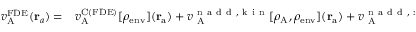
\begin{array} { r l } { v _ { \mathrm { A } } ^ { \mathrm { F D E } } ( \mathbf { r } _ { a } ) = } & { { } v _ { \mathrm { A } } ^ { \mathrm { C ( F D E ) } } [ \rho _ { \mathrm { e n v } } ] ( \mathbf { r } _ { \mathrm { a } } ) + v _ { \mathrm { ~ A ~ } } ^ { \mathrm { ~ n ~ a ~ d ~ d ~ , ~ k ~ i ~ n ~ } } [ \rho _ { \mathrm { A } } , \rho _ { \mathrm { e n v } } ] ( \mathbf { r } _ { \mathrm { a } } ) + v _ { \mathrm { ~ A ~ } } ^ { \mathrm { ~ n ~ a ~ d ~ d ~ , ~ x ~ c ~ } } [ \rho _ { \mathrm { A } } , \rho _ { \mathrm { e n v } } ] ( \mathbf { r } _ { \mathrm { a } } ) , } \end{array}